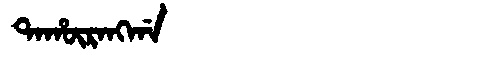
Manchu: ᡨᠠᡥᡡᡵᠠᠩᡤᠠ
Romanization: TAHŪRANGGA